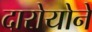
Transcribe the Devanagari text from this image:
दारोयोने